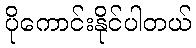
ပိုကောင်းနိုင်ပါတယ်